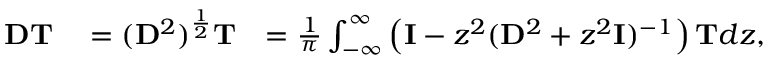
\begin{array} { r l r } { \mathbf { D } \mathbf { T } } & { { } = ( \mathbf { D } ^ { 2 } ) ^ { \frac { 1 } { 2 } } \mathbf { T } } & { = \frac { 1 } { \pi } \int _ { - \infty } ^ { \infty } \left( \mathbf { I } - z ^ { 2 } ( \mathbf { D } ^ { 2 } + z ^ { 2 } \mathbf { I } ) ^ { - 1 } \right) \mathbf { T } d z , } \end{array}